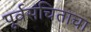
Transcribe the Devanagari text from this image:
पूर्वसंचिताचा